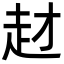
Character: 䞗